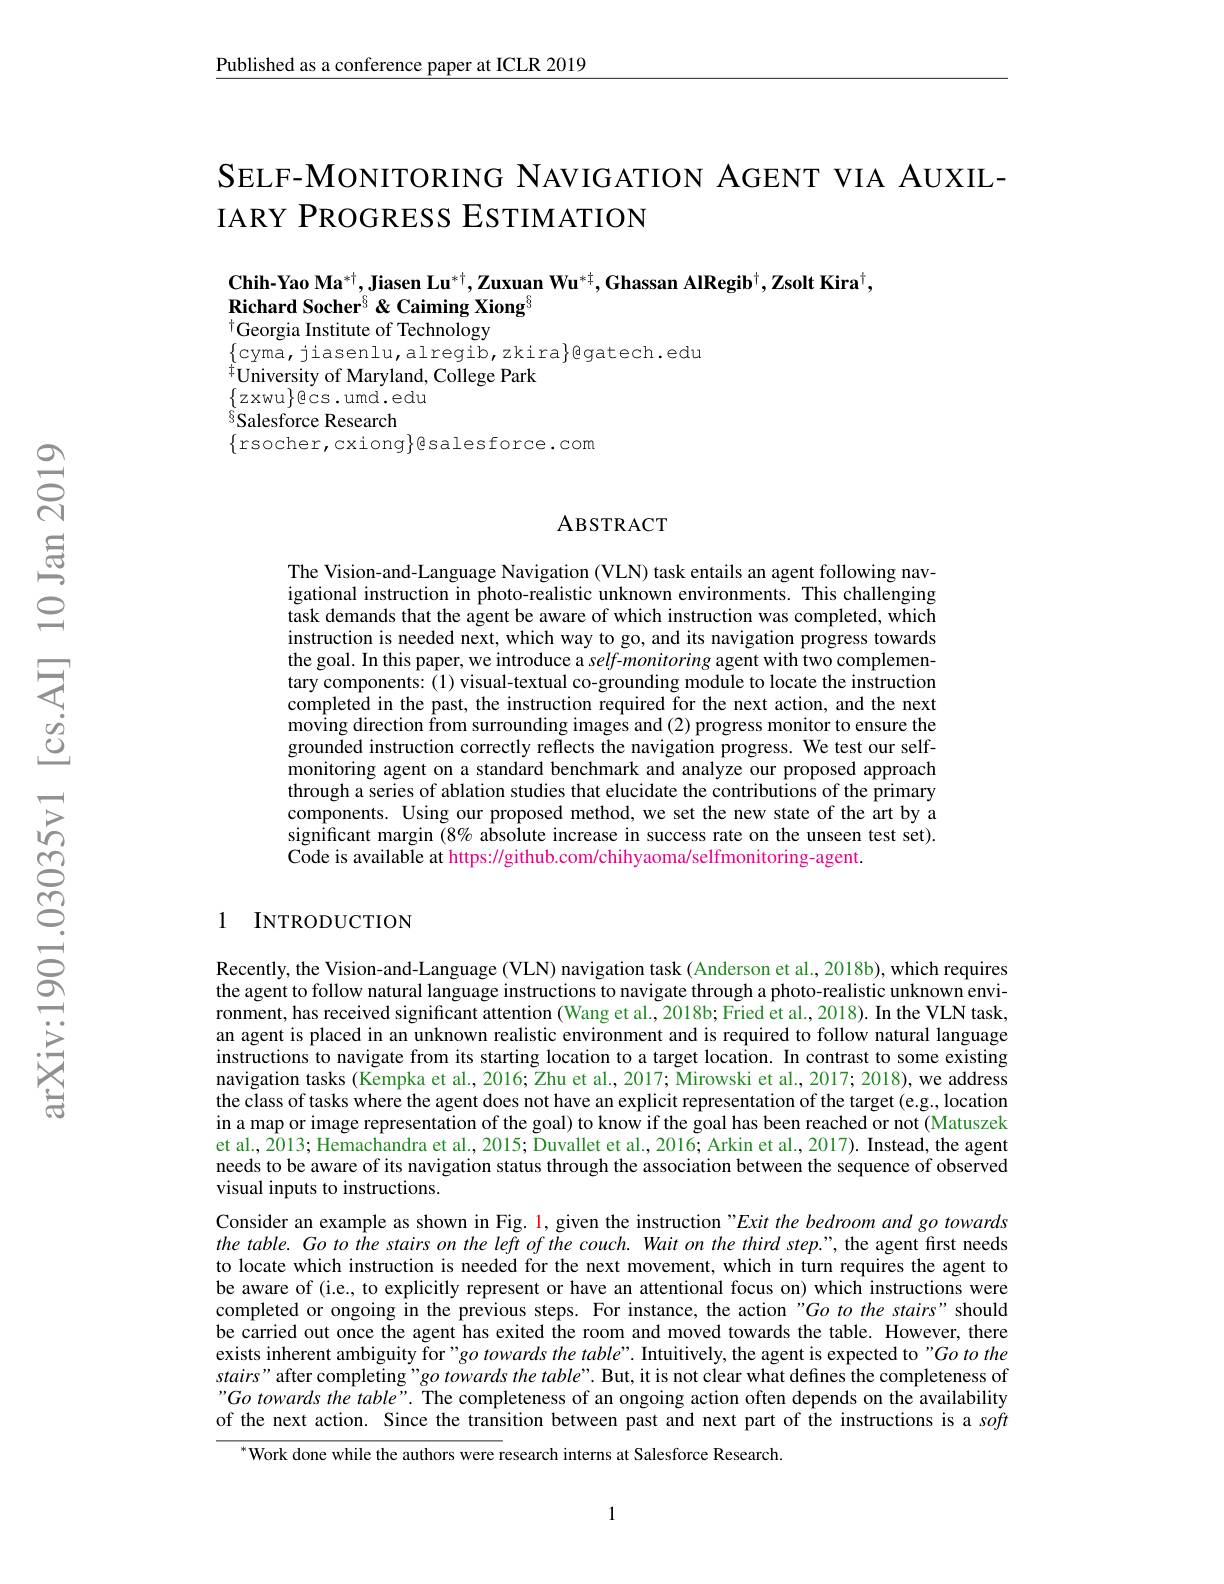
Published as a conference paper at ICLR 2019

SELF-MONITORING NAVIGATION AGENT VIA AUXIL-
IARY PROGRESS ESTIMATION

$\mathbf{Chih- Yao~Ma}^{* \dagger }, \mathbf{Jiasen~Lu}^{* \dagger }, \mathbf{Zuxuan~Wu}^{* \dagger }, \mathbf{Ghassan~AlRegib}^{\dagger }, \mathbf{Z} \text{solt Kira}^{\dagger }$,
Richard Socher$^{8}$ &Caiming Xiong$^{8}$
Georgia Institute of Technology

$\{$cyma, jiasenlu, alregib, zkira$\}$gatech.edu
$\bar{^{\dagger}\text{University of Maryland, College Park}}$
$\left\{z\operatorname{xwu}\right\}$ecs.umd.edu
$^{\textcircled{8}}$Salesforce Research
$\{$rsocher,cxiong$\}$esalesforce.com

### ABSTRACT

The Vision-and-Language Navigation (VLN) task entails an agent following navigational instruction in photo-realistic unknown environments. This challenging task demands that the agent be aware of which instruction was completed, which instruction is needed next, which way to go, and its navigation progress towards the goal. In this paper, we introduce a self-monitoring agent with two complementary components: (1) visual-textual co-grounding module to locate the instruction completed in the past, the instruction required for the next action, and the next moving direction from surrounding images and (2) progress monitor to ensure the grounded instruction correctly reflects the navigation progress. We test our selfmonitoring agent on a standard benchmark and analyze our proposed approach through a series of ablation studies that elucidate the contributions of the primary components. Using our proposed method, we set the new state of the art by a significant margin $(8\%$ absolute increase in success rate on the unseen test set). Code is available at https: / / github. com/ chihyaoma/ selfmonitoring- agent.

### 1 INTRODUCTION

Recently, the Vision-and-Language (VLN) navigation task (Anderson et al., 2018b), which requires the agent to follow natural language instructions to navigate through a photo-realistic unknown environment, has received significant attention (Wang et al., 2018b; Fried et al., 2018). In the VLN task, an agent is placed in an unknown realistic environment and is required to follow natural language instructions to navigate from its starting location to a target location. In contrast to some existing navigation tasks (Kempka et al., 2016; Zhu et al., 2017; Mirowski et al., 2017; 2018), we address the class of tasks where the agent does not have an explicit representation of the target (e.g., location in a map or image representation of the goal) to know if the goal has been reached or not (Matuszek et al., 2013; Hemachandra et al., 2015; $\tilde{\text{Duvalletetal.,2016;Arkinetal.,2017).Instead,the agent}}$ needs to be aware of its navigation status through the association between the sequence of observed visual inputs to instructions.
Consider an example as shown in Fig. 1, given the instruction "Exit the bedroom and go towards the table. Go to the stairs on the left of the couch. Wait on the third step.", the agent first needs to locate which instruction is needed for the next movement, which in turn requires the agent to be aware of (i.e., to explicitly represent or have an attentional focus on) which instructions were completed or ongoing in the previous steps. For instance, the action "Go to the stairs" should be carried out once the agent has exited the room and moved towards the table. However, there exists inherent ambiguity for "go towards the table". Intuitively, the agent is expected to "Go to the stairs" after completing"go towards the table". But, it is not clear what defines the completeness of "Go towards the table". The completeness of an ongoing action often depends on the availability of the next action. Since the transition between past and next part of the instructions is a soft
$^{*}$Work done while the authors were research interns at Salesforce Research.

1